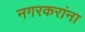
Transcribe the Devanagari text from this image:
नगरकरांना